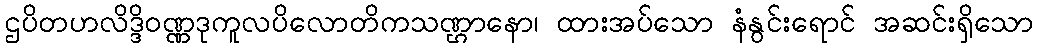
ဌပိတဟလိဒ္ဒိဝဏ္ဏဒုကူလပိလောတိကသဏ္ဌာနော၊ ထားအပ်သော နံနွင်းရောင် အဆင်းရှိသော